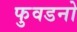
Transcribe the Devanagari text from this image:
फुवडनो